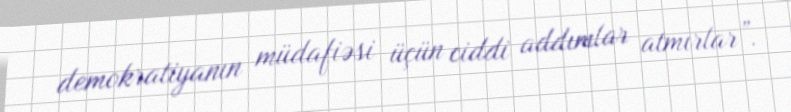
demokratiyanın müdafiəsi üçün ciddi addımlar atmırlar”.